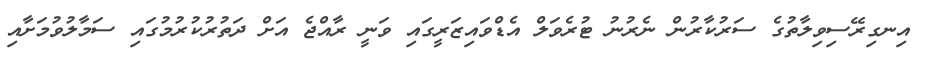
އިނގިރޭސިވިލާތުގެ ސަރުކާރުން ނެރުނު ޓުރެވަލް އެޑްވައިޒަރީގައި ވަނީ ރާއްޖެ އަށް ދަތުރުކުރުމުގައި ސަމާލުވުމަށާއި